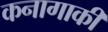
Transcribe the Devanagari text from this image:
कनागाकी